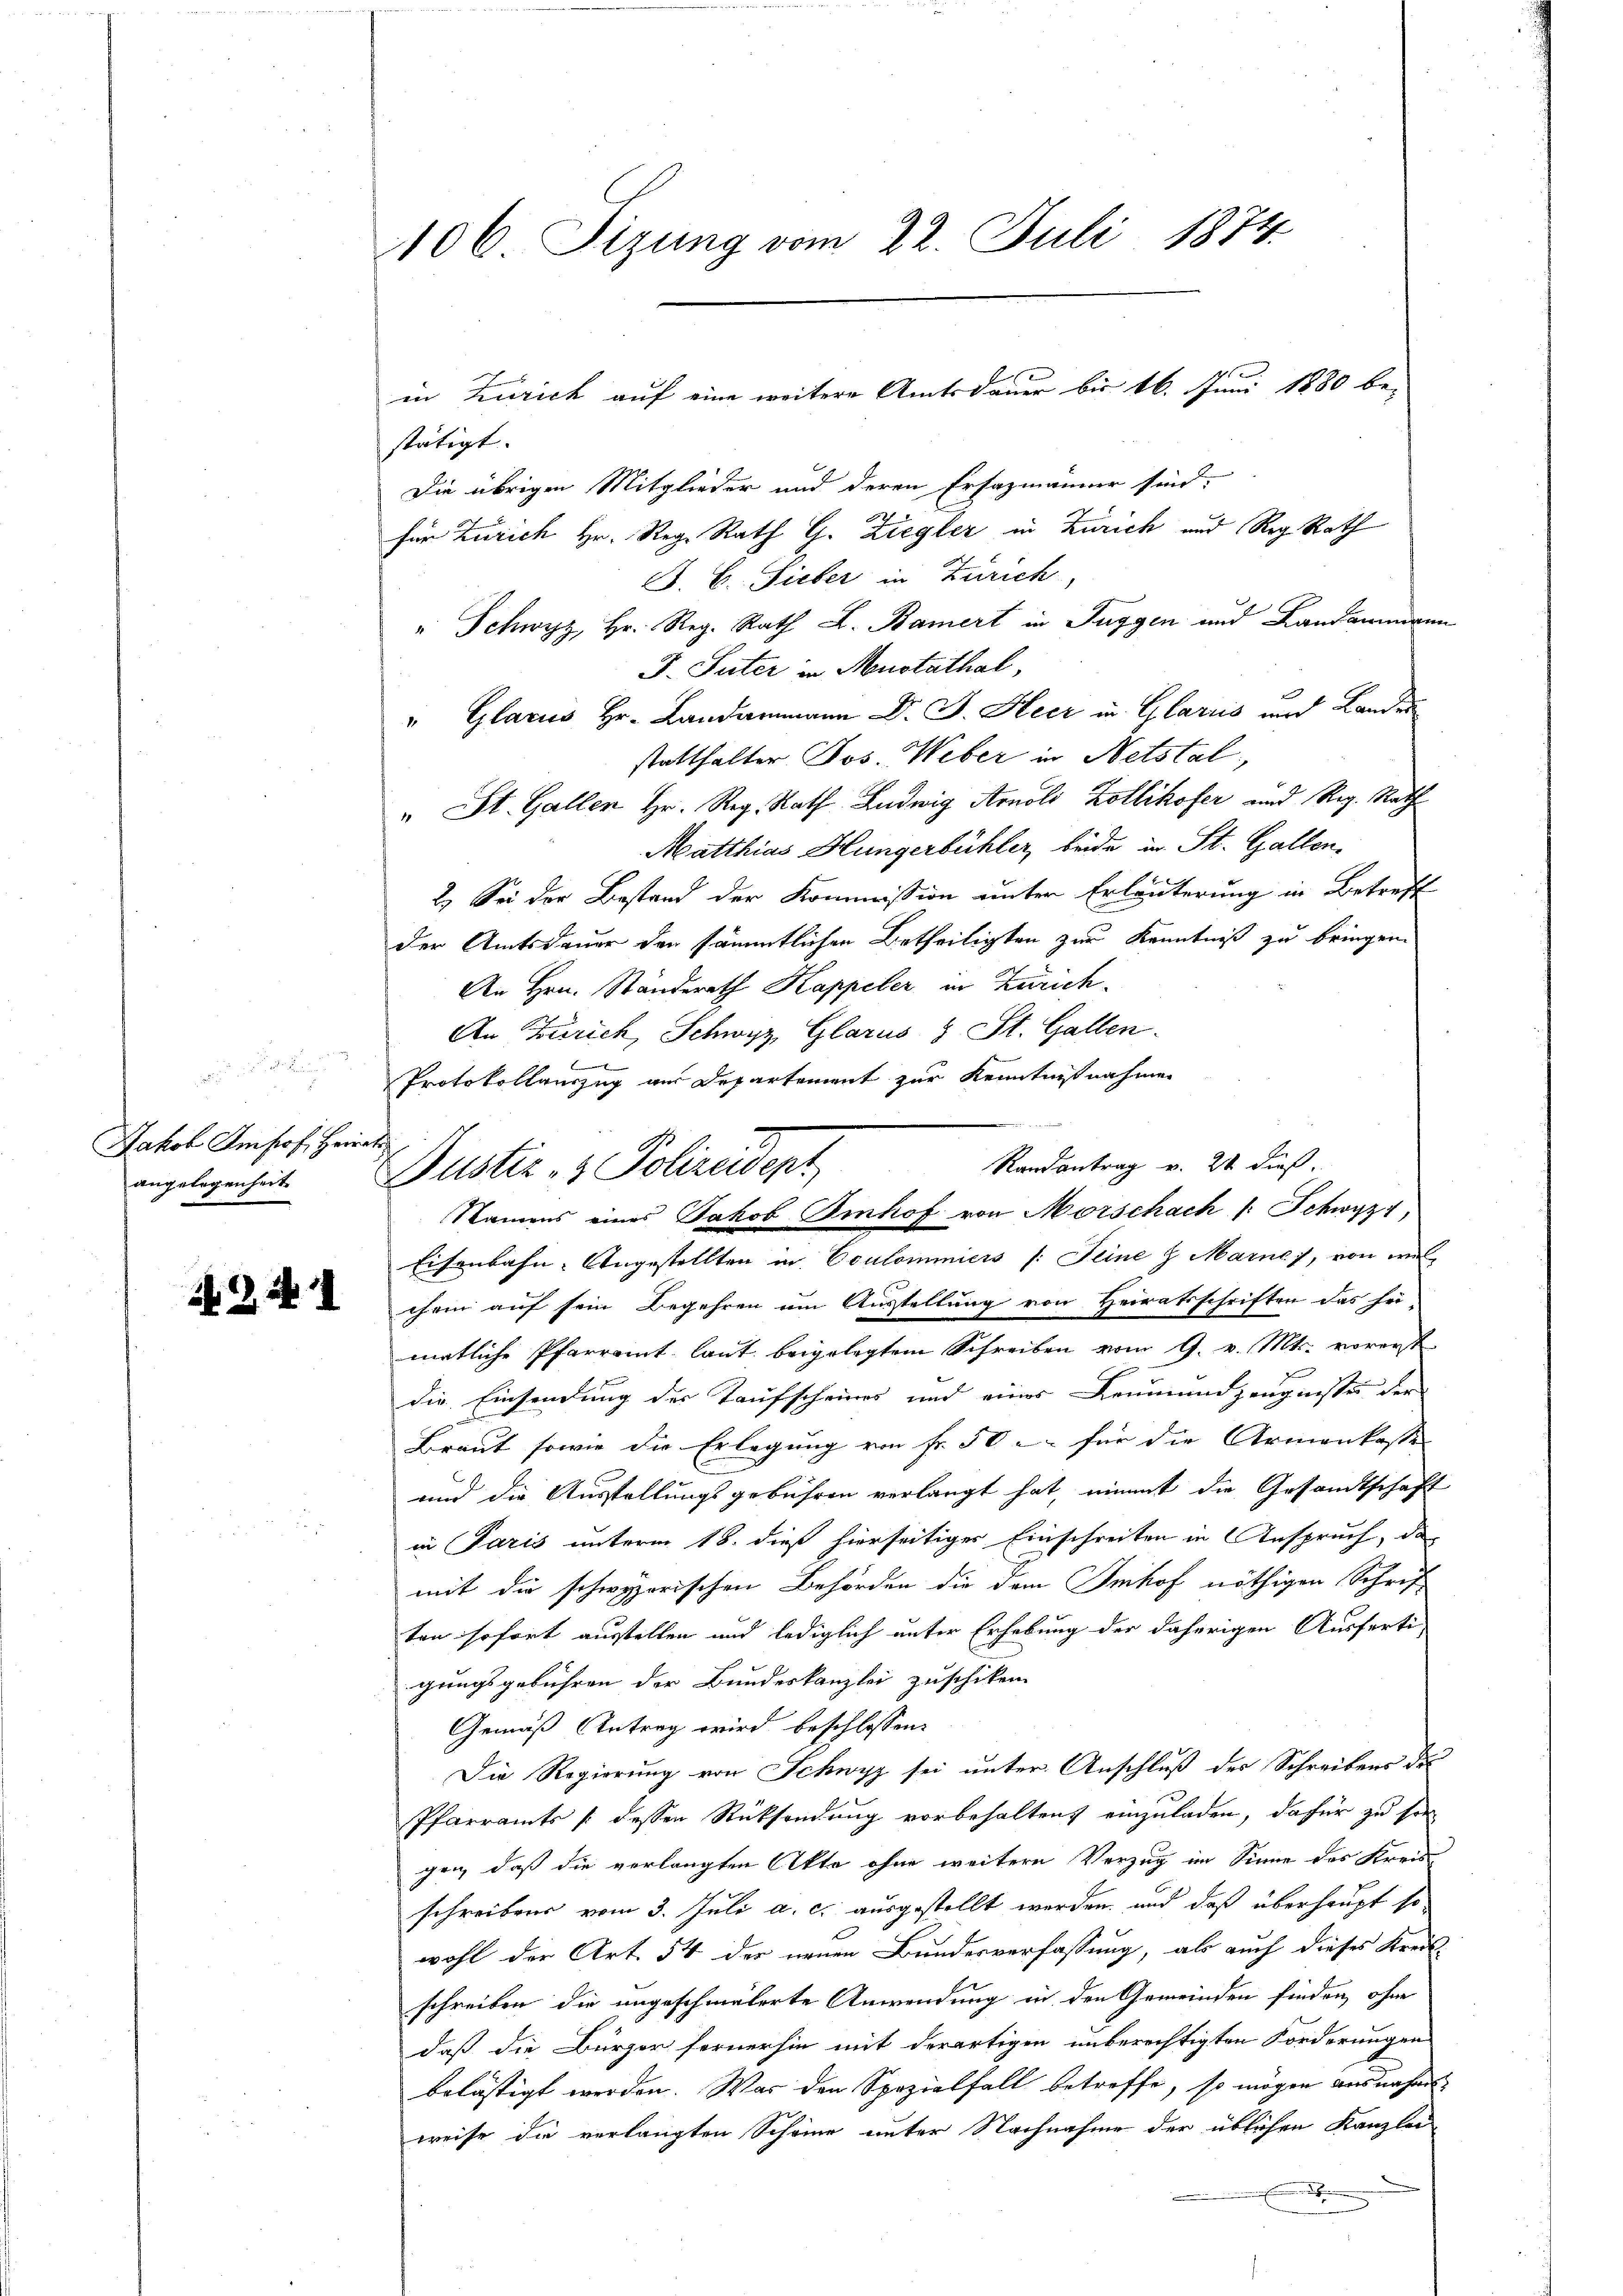
Jakob Imhof, Herr
angelegenheit.

241

106 Sizung vom 22. Juli 1874.

stätigt. |
Die übrigen Mitglieder und deren Ersazmänner sind,
d
für Zürich Hr. Reg. Rath G. Ziegler in Zürich und Reg. Rath
J. C. Sieber in Zürich,
" Schwyz, Hr. Reg. Rath L. Bamiert in Fuggen und Landammann
J. Suter in Menstathal,
" Glarus Hr. Landammann D. J. Heer in Glarus und Landes
statthalter Jos. Weber in Netstal,
" St. Gallen Hr. Reg. Rath Ludwig Arnold Zollikofer und Reg. Rath
Matthias Hungerbühler, beide in St. Gallen.
2. Sei der Bestand der Kommission unter Erläuterung in Betreff
der Amtsdauer den sämmtlichen Betheiligten zur Kenntniß zu bringen.
An Hrn. Ständerath Kappeler in Zürich
An Zürich, Schwyz, Glarus & St. Gallen.

Protokollauszug aus Departement zur Kenntnißnahmen
Fr
Randantrag v. 24 dieß.

in Zürich auf eine weitere Amtsdauer bis 16. Juni 1880 be-

Eisenbahn-Angestellten in Coulommiers (: Seine & Marne), von wil
chem auf sein Begehren um Ausstellung von Heiratsschriften das hei-
matliche Pfarramt laut beigelegtem Schreiben vom 9. v. Mts. vorerst
die Einsendung der Taufscheines und eines Leumund zeugnisse der
Braut sowie die Erlegung von Fr. 50 – für die Armenkasse
und die Ausstellungsgebühren verlangt hat, nimmt die Gesandtschaft
in Paris unterm 18. dieß hierseitiges Einschreiten in Anspruch, das
mit die schwyzerischen Behörden die dem Imhof nöthigen Schriften sofort ausstellen und lediglich unter Erhebung der daherigen Ausferti-
gungsgebühren der Bundeskanzlei zuschiken.
Gemäß Antrag wird beschlossen:
Die Regierung von Schwyz sei unter Anschluß des Schreibens de
Pfarramts /: dessen Rücksendung vorbehalten, einzuladen, dafür zu seigen, daß die verlangten Akte ohne weitere Vorzug im Sinne des Kreis
schreibens vom 3. Juli a. c. ausgestellt werden, und daß überhaupt so
wohl der Art. 54 des neuen Bundesverfassung, als auch dieses Kreis-
schreiben die ungeschmälerte Anwendung in den Gemeinden finden, ohne
daß die Bürger fernerhin mit derartigen unberechtigten Forderungen
belästigt werden. Was den Spezialfall betroffe, so mögen ausnahms
weise die verlangten Scheine unter Nachnahme der üblichen Kanzlei
.

Justiz- & Polizeidept
Namens eines Jakob Imhof von Morschach /: Schwyz,